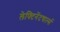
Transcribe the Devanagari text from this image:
लेफ्टिनेंटचार्ल्स